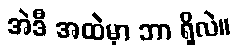
အဲဒီ အထဲမှာ ဘာ ရှိလဲ။